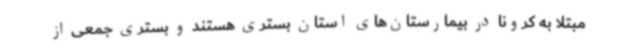
مبتلا به کرونا در بیمارستان‌های استان بستری هستند و بستری جمعی از